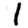
Digit: 1